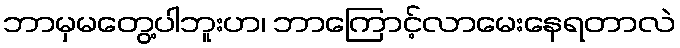
ဘာမှမတွေ့ပါဘူးဟ၊ ဘာကြောင့်လာမေးနေရတာလဲ